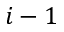
i - 1